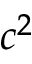
c ^ { 2 }